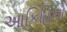
આકિહિતો